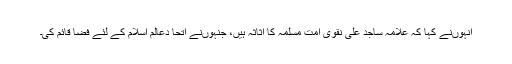
انہوںنے کہا کہ علامہ ساجد علی نقوی امت مسلمہ کا اثاثہ ہیں، جنہوںنے اتحا دعالم اسلام کے لئے فضا قائم کی۔